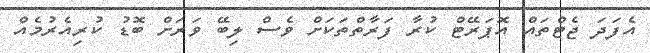
އެފަދަ ޖެޓްތައް އޮޕަރޭޓް ކުރާ ފަރާތްތަކަށް ވެސް ލިބޭ ވަރަށް ބޮޑު ކުރިއެރުމެއް